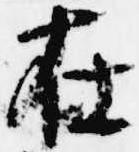
在